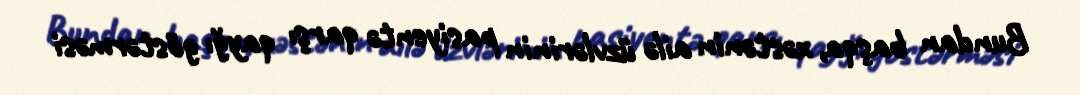
Bundan başqa, xəstənin ailə üzvlərinin pasiyentə qarşı qayğı göstərməsi